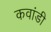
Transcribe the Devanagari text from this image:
कवांडी